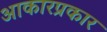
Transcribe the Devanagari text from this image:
आकारप्रकार